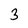
Character: 3